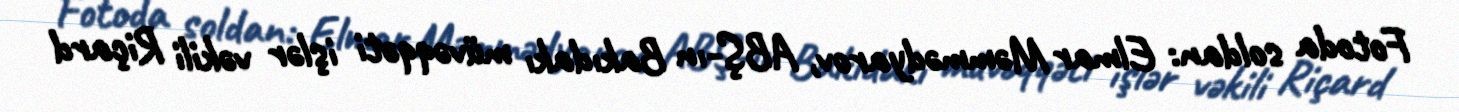
Fotoda soldan: Elmar Məmmədyarov, ABŞ-ın Bakıdakı müvəqqəti işlər vəkili Riçard